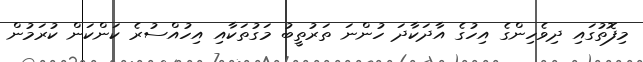
މިފޮތުގައި ދިވެހިންގެ އިހުގެ އާދަކާދަ ހުންނަ ތަރުތީބު މަގުތަކާއި އިހުއްސުރެ ކަންކަން ކުރަމުން